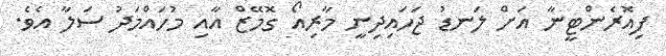
ފިއޮރެންޓީނާ އަށް ލަނޑު ޖަހައިދިނީ މާރިއޯ ގޮމޭޒް އާއި މުހައްމަދު ސަލާ އެވެ.